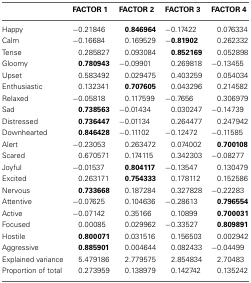
<table><thead><tr><td></td><td><b>FACTOR 1</b></td><td><b>FACTOR 2</b></td><td><b>FACTOR 3</b></td><td><b>FACTOR 4</b></td></tr></thead><tbody><tr><td>Happy</td><td>−0.21846</td><td><b>0.846964</b></td><td>−0.17422</td><td>0.076334</td></tr><tr><td>Calm</td><td>−0.16684</td><td>0.169529</td><td>−<b>0.81902</b></td><td>0.262332</td></tr><tr><td>Tense</td><td>0.285827</td><td>0.093084</td><td><b>0.852169</b></td><td>0.052898</td></tr><tr><td>Gloomy</td><td><b>0.780943</b></td><td>−0.09901</td><td>0.269818</td><td>−0.13455</td></tr><tr><td>Upset</td><td>0.583492</td><td>0.029475</td><td>0.403259</td><td>0.054034</td></tr><tr><td>Enthusiastic</td><td>0.132341</td><td><b>0.707605</b></td><td>0.043296</td><td>0.214582</td></tr><tr><td>Relaxed</td><td>−0.05818</td><td>0.117599</td><td>−0.7656</td><td>0.306979</td></tr><tr><td>Sad</td><td><b>0.738563</b></td><td>−0.01434</td><td>0.030247</td><td>−0.14739</td></tr><tr><td>Distressed</td><td><b>0.736447</b></td><td>−0.01134</td><td>0.264477</td><td>0.247942</td></tr><tr><td>Downhearted</td><td><b>0.846428</b></td><td>−0.11102</td><td>−0.12472</td><td>−0.11585</td></tr><tr><td>Alert</td><td>−0.23053</td><td>0.263472</td><td>0.074002</td><td><b>0.700108</b></td></tr><tr><td>Scared</td><td>0.670571</td><td>0.174115</td><td>0.342303</td><td>−0.08277</td></tr><tr><td>Joyful</td><td>−0.01537</td><td><b>0.804117</b></td><td>−0.13547</td><td>0.130479</td></tr><tr><td>Excited</td><td>0.263171</td><td><b>0.754333</b></td><td>0.178112</td><td>0.152586</td></tr><tr><td>Nervous</td><td><b>0.733668</b></td><td>0.187284</td><td>0.327828</td><td>−0.22283</td></tr><tr><td>Attentive</td><td>−0.07625</td><td>0.104636</td><td>−0.28613</td><td><b>0.796554</b></td></tr><tr><td>Active</td><td>−0.07142</td><td>0.35166</td><td>0.10899</td><td><b>0.700031</b></td></tr><tr><td>Focused</td><td>0.00085</td><td>0.029962</td><td>−0.33527</td><td><b>0.809891</b></td></tr><tr><td>Hostile</td><td><b>0.800071</b></td><td>0.031516</td><td>0.156503</td><td>0.002942</td></tr><tr><td>Aggressive</td><td><b>0.885901</b></td><td>0.004644</td><td>0.082433</td><td>−0.04499</td></tr><tr><td>Explained variance</td><td>5.479186</td><td>2.779575</td><td>2.854834</td><td>2.70483</td></tr><tr><td>Proportion of total</td><td>0.273959</td><td>0.138979</td><td>0.142742</td><td>0.135242</td></tr></tbody></table>